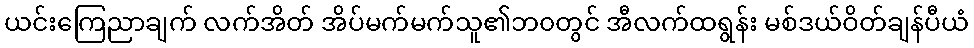
ယင်းကြေညာချက် လက်အိတ် အိပ်မက်မက်သူ၏ဘ၀တွင် အီလက်ထရွန်း မစ်ဒယ်ဝိတ်ချန်ပီယံ